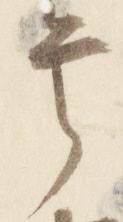
号